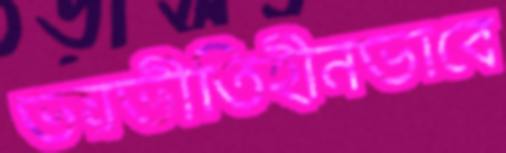
ভয়ভীতিহীনভাবে